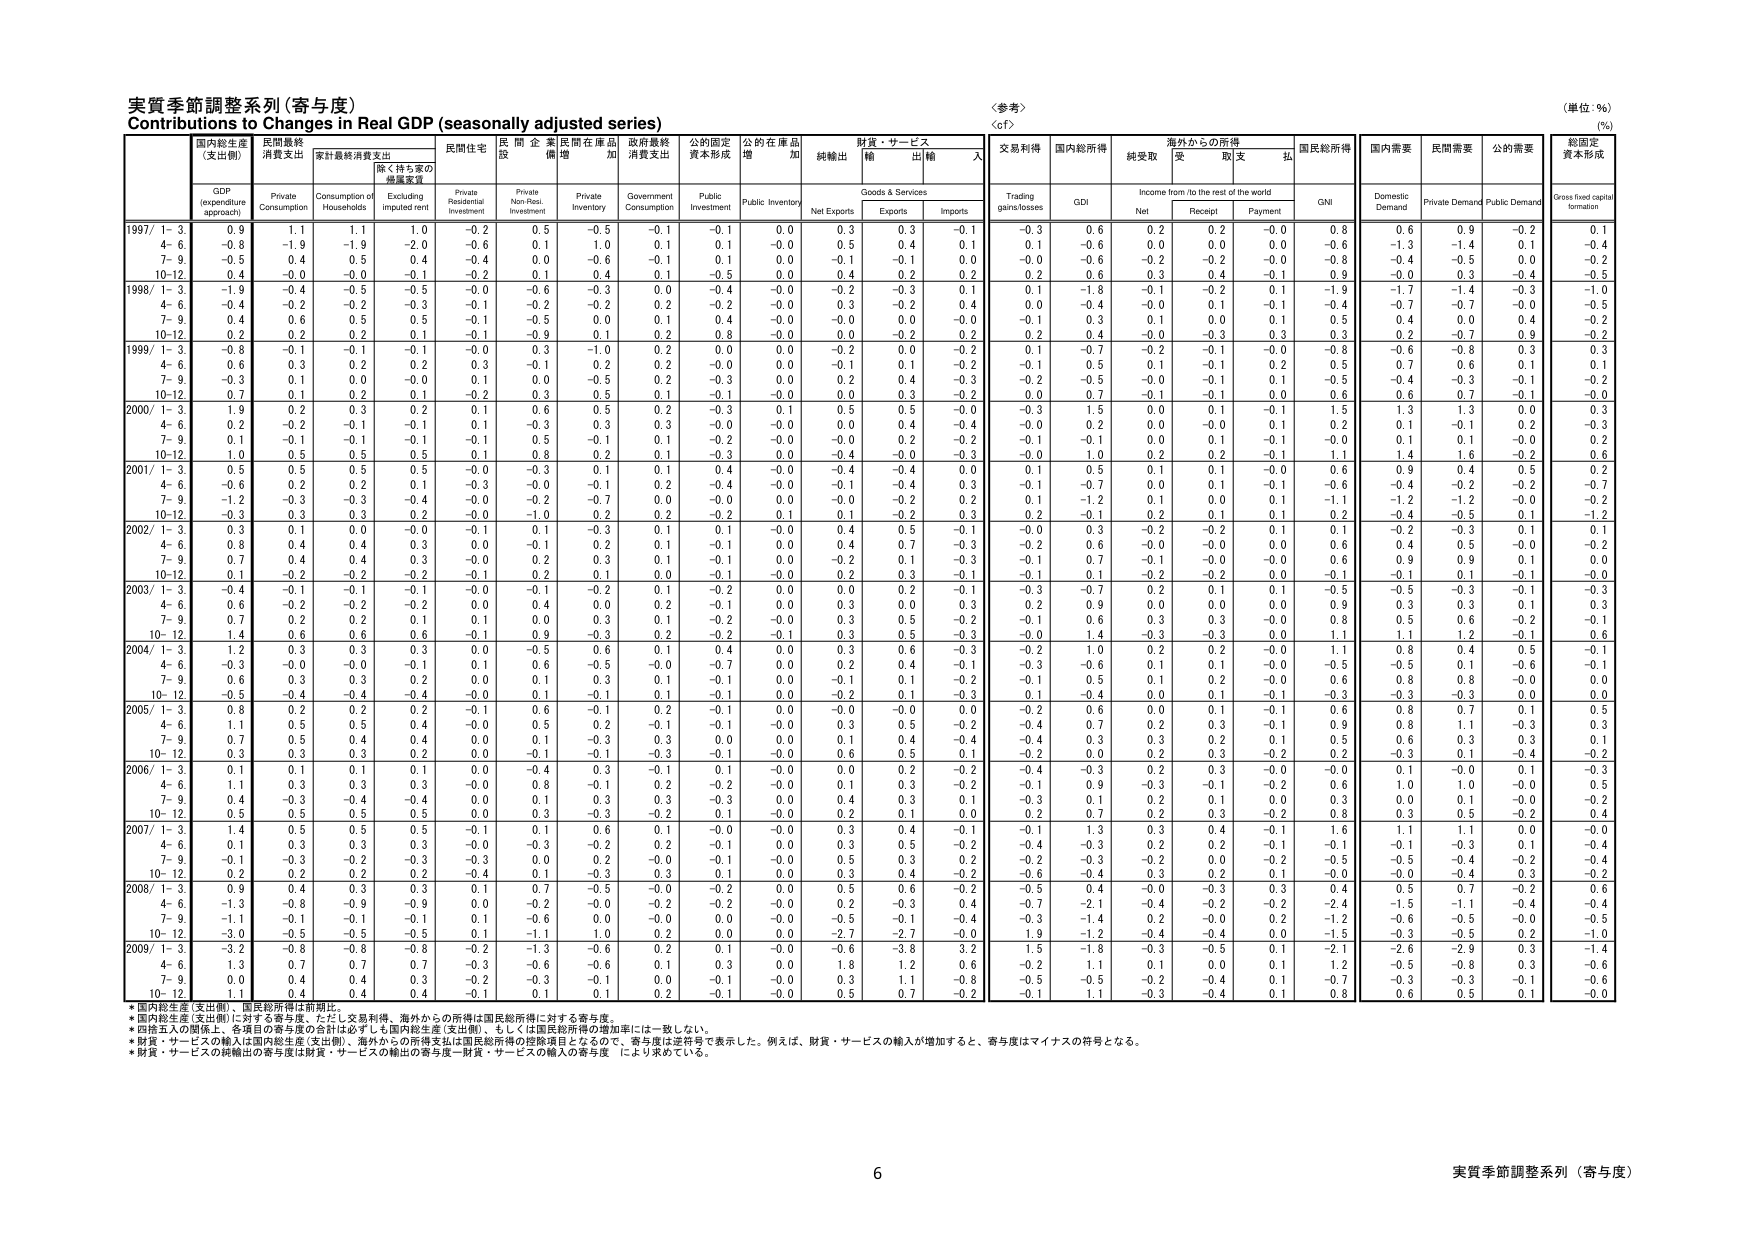
実質季節調整系列（寄与度）
Contributions to Changes in Real GDP (seasonally adjusted series)
〈参考〉
〈cf〉
（単位：%）
(%)

国内総生産
(支出側)
民間最終
消費支出
家計最終消費支出
民間住宅
民間企業
民間在庫品
政府最終
消費支出
公的固定
資本形成
公的在庫品
増加
純輸出
財貨・サービス
輸出
輸入
交易利得
国内総所得
純受取
海外からの所得
受取
支払
国民総所得
国内需要
民間需要
公的需要
総固定
資本形成

GDP
(expenditure approach)
Private
Consumption
Consumption of Households
Excluding imputed rent
Private Residential Investment
Private Non-Res. Investment
Private Inventory
Government Consumption
Public Investment
Public Inventory
Net Exports
Goods & Services
Exports
Imports
Trading gains/losses
GDI
Net
Income from /to the rest of the world
Receipt
Payment
GNI
Domestic Demand
Private Demand
Public Demand
Gross fixed capital formation

1997/ 1- 3
0.9
1.1
1.1
1.0
-0.2
0.5
-0.5
-0.1
-0.1
0.0
0.3
0.3
-0.1
-0.3
0.6
0.2
0.2
-0.0
0.8
0.6
0.9
-0.2
0.1
4- 6
-0.8
-1.9
-1.9
-2.0
-0.6
0.1
1.0
0.1
0.1
-0.0
0.5
0.4
0.1
0.1
-0.6
0.0
0.0
0.0
-0.6
-1.3
-1.4
0.1
-0.4
7- 9
-0.5
0.4
0.5
0.4
-0.4
0.0
-0.6
-0.1
0.1
0.0
-0.1
-0.1
0.0
-0.0
-0.6
-0.2
-0.2
-0.0
-0.8
-0.4
-0.5
0.0
-0.2
10-12
0.4
-0.0
-0.0
-0.1
-0.2
0.1
0.4
0.1
-0.5
0.0
0.4
0.2
0.2
0.2
0.6
0.3
0.4
-0.1
0.9
-0.0
0.3
-0.4
-0.5

1998/ 1- 3
-1.9
-0.4
-0.5
-0.5
-0.0
-0.6
-0.3
0.0
-0.4
-0.0
-0.2
-0.3
0.1
0.1
-1.8
-0.1
-0.2
0.1
-1.9
-1.7
-1.4
-0.3
-1.0
4- 6
-0.4
-0.2
-0.2
-0.3
-0.1
-0.2
-0.2
0.2
-0.2
-0.0
0.3
-0.2
0.4
0.0
-0.4
-0.0
0.1
-0.1
-0.4
-0.7
-0.7
-0.0
-0.5
7- 9
0.4
0.6
0.5
0.5
-0.1
-0.5
0.0
0.1
0.4
-0.0
-0.0
0.0
-0.0
-0.1
0.3
0.1
0.0
0.1
0.5
0.4
0.0
0.4
-0.2
10-12
0.2
0.2
0.2
0.1
-0.1
-0.9
-1.0
0.2
0.8
-0.0
0.0
-0.2
0.2
0.2
0.4
-0.0
-0.3
-0.0
0.3
0.2
-0.7
0.3
-0.2

1999/ 1- 3
-0.8
-0.1
-0.1
-0.1
-0.0
0.3
-1.0
0.2
0.0
0.0
-0.2
0.0
0.2
0.1
-0.7
-0.2
-0.1
-0.0
-0.8
-0.6
-0.8
0.3
0.3
4- 6
0.6
0.3
0.2
0.2
0.3
-0.1
0.2
0.2
-0.0
0.0
-0.1
0.1
-0.2
-0.1
0.5
0.1
-0.1
0.2
0.5
0.7
0.6
0.1
0.1
7- 9
-0.3
0.1
0.0
-0.0
0.1
0.0
-0.5
0.2
-0.3
0.0
0.2
0.4
-0.3
-0.2
-0.5
-0.0
-0.1
0.1
-0.5
-0.4
-0.3
-0.1
-0.2
10-12
0.7
0.1
0.2
0.1
0.2
0.3
0.5
0.1
-0.1
-0.0
0.0
0.3
-0.2
0.0
0.7
-0.1
-0.1
0.0
0.6
0.6
0.7
-0.1
-0.0

2000/ 1- 3
1.9
0.2
0.3
0.2
0.1
0.6
0.5
0.2
-0.3
0.1
0.5
0.5
-0.0
-0.3
1.5
0.0
0.1
-0.1
1.5
1.3
1.3
0.0
0.3
4- 6
0.2
-0.2
-0.1
-0.1
0.1
-0.3
0.3
0.3
-0.0
-0.0
0.0
0.4
-0.4
-0.0
0.2
0.0
-0.0
0.1
0.2
0.1
-0.1
0.2
-0.3
7- 9
0.1
-0.1
-0.1
-0.1
-0.1
0.5
-0.1
0.1
-0.2
-0.0
-0.0
0.2
-0.2
-0.1
-0.1
0.0
0.1
-0.1
-0.0
0.1
0.1
-0.0
0.2
10-12
1.0
0.5
0.5
0.5
0.1
0.8
0.2
0.1
-0.3
0.0
-0.4
-0.0
-0.3
-0.0
1.0
0.2
0.2
-0.1
1.1
1.4
1.6
-0.2
0.6

2001/ 1- 3
0.5
0.5
0.5
0.5
0.1
-0.3
0.1
0.1
0.4
-0.0
-0.4
-0.4
0.0
0.1
0.5
0.1
0.1
-0.0
0.6
0.9
0.4
0.5
0.2
4- 6
-0.6
0.2
0.2
0.1
-0.3
-0.0
-0.1
0.2
-0.4
-0.0
-0.1
-0.4
0.3
-0.1
-0.7
0.0
0.1
-0.1
-0.6
-0.4
-0.2
-0.2
-0.7
7- 9
-1.2
-0.3
-0.3
-0.4
-0.0
-0.2
-0.7
0.0
-0.0
0.0
-0.0
-0.2
0.2
0.1
-1.2
0.1
0.0
0.1
-1.1
-1.2
-1.2
-0.0
-0.2
10-12
-0.3
0.3
0.3
0.2
-0.0
-1.0
0.2
0.2
-0.2
0.1
0.1
-0.2
0.3
0.2
-0.1
0.2
0.1
0.1
0.2
-0.4
-0.5
0.1
-1.2

2002/ 1- 3
0.3
0.1
0.0
-0.0
-0.1
0.1
-0.3
0.1
0.1
-0.0
0.4
0.5
-0.1
-0.0
0.3
-0.2
-0.2
0.1
0.1
-0.2
-0.3
0.1
0.1
4- 6
0.8
0.4
0.4
0.3
0.0
-0.1
0.2
0.1
-0.1
0.0
0.4
0.7
-0.3
-0.2
0.6
-0.0
-0.0
0.0
0.6
0.4
0.5
-0.0
-0.2
7- 9
0.7
0.4
0.4
0.3
-0.0
0.2
0.3
0.1
-0.1
0.0
-0.2
0.1
-0.3
-0.1
0.7
-0.1
-0.0
-0.0
0.6
0.9
0.9
0.1
0.0
10-12
0.1
-0.2
-0.2
-0.2
-0.1
0.2
0.1
0.0
-0.1
-0.0
0.2
0.3
-0.1
-0.1
0.1
-0.2
-0.2
0.0
-0.1
-0.1
0.1
-0.1
-0.0

2003/ 1- 3
-0.4
-0.1
-0.1
-0.1
-0.0
-0.1
-0.2
0.1
-0.2
0.0
0.0
0.2
-0.1
-0.3
-0.7
0.2
0.1
0.1
-0.5
-0.5
-0.3
-0.1
-0.3
4- 6
0.6
-0.2
-0.2
-0.2
0.0
0.4
0.0
0.2
-0.1
0.0
0.3
0.0
0.3
-0.2
0.9
0.0
0.0
0.0
0.9
0.3
0.3
0.1
0.3
7- 9
0.7
0.2
0.2
0.1
0.1
0.0
0.3
0.1
-0.2
-0.0
0.3
0.5
-0.2
-0.1
0.6
0.3
0.3
-0.0
0.8
0.5
0.6
-0.2
-0.1
10-12
1.4
0.6
0.6
0.6
-0.1
0.9
-0.3
0.2
-0.2
-0.1
0.3
0.5
-0.3
-0.0
1.4
-0.3
-0.3
0.0
1.1
1.1
1.2
-0.1
0.6

2004/ 1- 3
1.2
0.3
0.3
0.3
0.0
-0.5
0.6
0.1
0.4
0.0
0.3
0.6
-0.3
-0.2
1.0
0.2
0.2
-0.0
1.1
0.8
0.4
0.5
-0.1
4- 6
-0.3
-0.0
-0.0
-0.1
0.1
0.6
-0.5
-0.0
-0.7
0.0
0.2
0.4
-0.1
-0.3
-0.6
0.1
0.1
-0.0
-0.5
-0.5
0.1
-0.6
-0.1
7- 9
0.6
0.3
0.3
0.2
0.0
0.1
0.3
0.1
-0.1
0.0
-0.1
0.1
-0.2
-0.1
0.5
0.1
0.2
-0.0
0.6
0.8
0.8
-0.0
0.0
10-12
-0.5
-0.4
-0.4
-0.4
-0.0
0.1
-0.1
0.1
-0.1
0.0
-0.2
0.1
-0.3
0.1
-0.4
0.0
0.1
-0.1
-0.3
-0.3
-0.3
0.0
0.0

2005/ 1- 3
0.8
0.2
0.2
0.2
-0.1
0.6
-0.1
0.2
-0.1
0.0
-0.0
-0.0
0.0
-0.2
0.6
0.0
0.1
-0.1
0.6
0.8
0.7
0.1
0.5
4- 6
1.1
0.5
0.5
0.4
-0.0
0.5
0.2
-0.1
-0.1
-0.0
0.3
0.5
-0.2
-0.4
0.7
0.2
0.3
-0.1
0.9
0.8
1.1
-0.3
0.3
7- 9
0.7
0.5
0.4
0.4
0.0
0.1
-0.3
0.3
0.0
0.0
0.1
0.4
-0.4
-0.4
0.3
0.3
0.2
0.1
0.5
0.6
0.3
0.3
0.1
10-12
0.3
0.3
0.3
0.2
0.0
-0.1
-0.1
-0.3
-0.1
-0.0
0.6
0.5
0.1
-0.2
0.0
0.2
0.3
-0.2
0.2
-0.3
0.1
-0.4
-0.2

2006/ 1- 3
0.1
0.1
0.1
0.1
0.0
-0.4
0.3
-0.1
0.1
-0.0
0.0
0.2
-0.2
-0.4
-0.3
0.2
0.3
-0.0
-0.0
0.1
-0.0
0.1
-0.3
4- 6
1.1
0.3
0.3
0.3
-0.0
0.8
-0.1
0.2
-0.2
-0.0
0.1
0.3
-0.2
-0.1
0.9
-0.3
-0.1
-0.2
0.6
1.0
1.0
-0.0
0.5
7- 9
0.4
-0.3
-0.4
-0.4
0.0
0.1
0.3
0.3
-0.3
0.0
0.4
0.3
0.1
-0.3
0.1
0.2
0.1
0.0
0.3
0.0
0.1
-0.0
-0.2
10-12
0.5
0.5
0.5
0.5
0.0
0.3
-0.3
-0.2
0.1
-0.0
0.2
0.1
0.0
0.2
0.7
0.2
0.3
-0.2
0.8
0.3
0.5
-0.2
0.4

2007/ 1- 3
1.4
0.5
0.5
0.5
-0.1
0.1
0.6
0.1
-0.0
-0.0
0.3
0.4
-0.1
-0.1
1.3
0.3
0.4
-0.1
1.6
1.1
1.1
0.0
-0.0
4- 6
0.2
0.3
0.3
0.3
-0.0
0.3
-0.2
0.2
-0.1
0.0
0.3
0.5
-0.2
-0.4
-0.3
0.2
0.2
-0.1
-0.1
-0.1
-0.3
0.1
-0.4
7- 9
-0.1
-0.3
-0.2
-0.3
-0.3
0.0
0.0
-0.0
-0.1
-0.0
0.0
0.3
-0.4
-0.1
-0.3
-0.2
0.0
-0.2
-0.5
0.5
-0.4
-0.2
-0.4
10-12
0.2
0.2
0.2
0.2
-0.4
0.1
-0.3
0.3
0.1
0.0
0.3
0.4
-0.2
-0.6
-0.4
0.3
0.2
0.1
-0.0
-0.0
-0.4
0.3
-0.2

2008/ 1- 3
0.9
0.4
0.3
0.3
0.1
0.7
-0.5
-0.0
-0.2
0.0
0.5
0.6
-0.2
-0.5
0.4
-0.0
-0.3
0.3
0.4
0.5
0.7
-0.2
0.6
4- 6
-1.3
-0.8
-0.9
-0.9
0.0
-0.2
-0.0
-0.2
-0.2
-0.0
0.2
-0.3
0.4
-0.7
-2.1
-0.4
-0.2
-0.2
-2.4
-1.5
-1.1
-0.4
-0.4
7- 9
-1.1
-0.1
-0.1
-0.1
0.1
-0.6
0.0
-0.0
0.0
-0.0
-0.5
-0.1
-0.4
-0.3
-1.4
0.2
-0.0
0.2
-1.2
-0.6
-0.5
-0.0
-0.5
10-12
-3.0
-0.5
-0.5
-0.5
0.1
-1.1
1.0
0.2
0.0
0.0
-2.7
-2.7
-0.0
1.9
-1.2
-0.4
-0.4
0.0
-1.5
-0.3
-0.5
0.2
-1.0

2009/ 1- 3
-3.2
-0.8
-0.8
-0.8
-0.2
-1.3
-0.6
0.2
0.1
-0.0
-0.6
-3.8
3.2
1.5
-1.8
-0.3
-0.5
0.1
-2.1
-2.6
-2.9
0.3
-1.4
4- 6
1.3
0.7
0.7
0.7
-0.3
-0.6
-0.6
0.1
0.3
0.0
1.8
1.2
0.6
-0.2
1.1
0.1
0.0
0.1
1.2
-0.5
-0.8
0.3
-0.6
7- 9
0.0
0.4
0.4
0.3
-0.2
-0.3
-0.1
0.0
-0.1
-0.0
0.3
1.1
-0.8
-0.5
-0.5
-0.2
-0.4
0.1
-0.7
-0.3
-0.3
-0.1
-0.6
10-12
1.1
0.4
0.4
0.4
0.0
0.2
-0.1
-0.0
0.5
0.7
-0.2
-0.1
1.1
-0.3
-0.4
0.1
0.8
0.6
0.5
0.1
-0.0

*国内総生産（支出側）、国民総所得は前期比。
*国内総生産（支出側）に対する寄与度、ただし交易利得、海外からの所得は国民総所得に対する寄与度。
*四捨五入の関係上、各項目の寄与度の合計は必ずしも国内総生産（支出側）、もしくは国民総所得の増加率には一致しない。
*財貨・サービスの輸入は国内総生産（支出側）、海外からの所得支払は国民総所得の控除項目となるので、寄与度は逆符号で表示した。例えば、財貨・サービスの輸入が増加すると、寄与度はマイナスの符号となる。
*財貨・サービスの純輸出の寄与度は財貨・サービスの輸出の寄与度－財貨・サービスの輸入の寄与度 により求めている。

6
実質季節調整系列（寄与度）